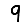
Digit: 9